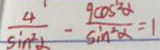
\frac { 4 } { \sin ^ { 2 } \alpha } - \frac { 9 \cos ^ { 2 } \alpha } { \sin ^ { 2 } \alpha } = 1